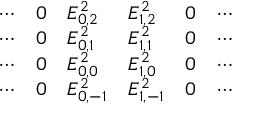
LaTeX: \begin{array} { l l l l l l } { \cdots } & { 0 } & { E _ { 0 , 2 } ^ { 2 } } & { E _ { 1 , 2 } ^ { 2 } } & { 0 } & { \cdots } \\ { \cdots } & { 0 } & { E _ { 0 , 1 } ^ { 2 } } & { E _ { 1 , 1 } ^ { 2 } } & { 0 } & { \cdots } \\ { \cdots } & { 0 } & { E _ { 0 , 0 } ^ { 2 } } & { E _ { 1 , 0 } ^ { 2 } } & { 0 } & { \cdots } \\ { \cdots } & { 0 } & { E _ { 0 , - 1 } ^ { 2 } } & { E _ { 1 , - 1 } ^ { 2 } } & { 0 } & { \cdots } \end{array}